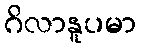
ဂိလာနူပမာ